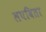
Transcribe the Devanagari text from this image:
लपविता